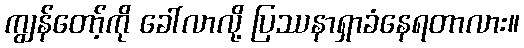
ကျွန်တော့်ကို ခေါ်လာလို့ ပြဿနာရှာခံနေရတာလား။